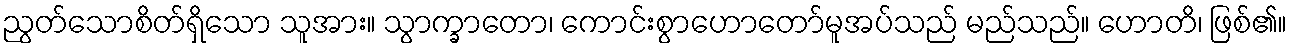
ညွတ်သောစိတ်ရှိသော သူအား။ သွာက္ခာတော၊ ကောင်းစွာဟောတော်မူအပ်သည် မည်သည်။ ဟောတိ၊ ဖြစ်၏။